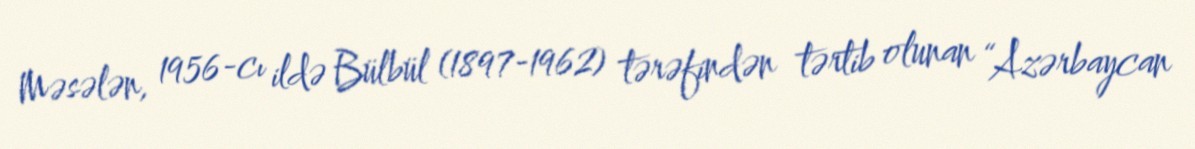
Məsələn, 1956-cı ildə Bülbül (1897-1962) tərəfindən tərtib olunan “Azərbaycan